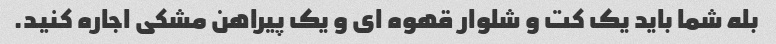
بله شما باید یک کت و شلوار قهوه ای و یک پیراهن مشکی اجاره کنید.